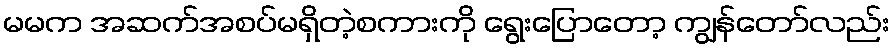
မမက အဆက်အစပ်မရှိတဲ့စကားကို ရွေးပြောတော့ ကျွန်တော်လည်း